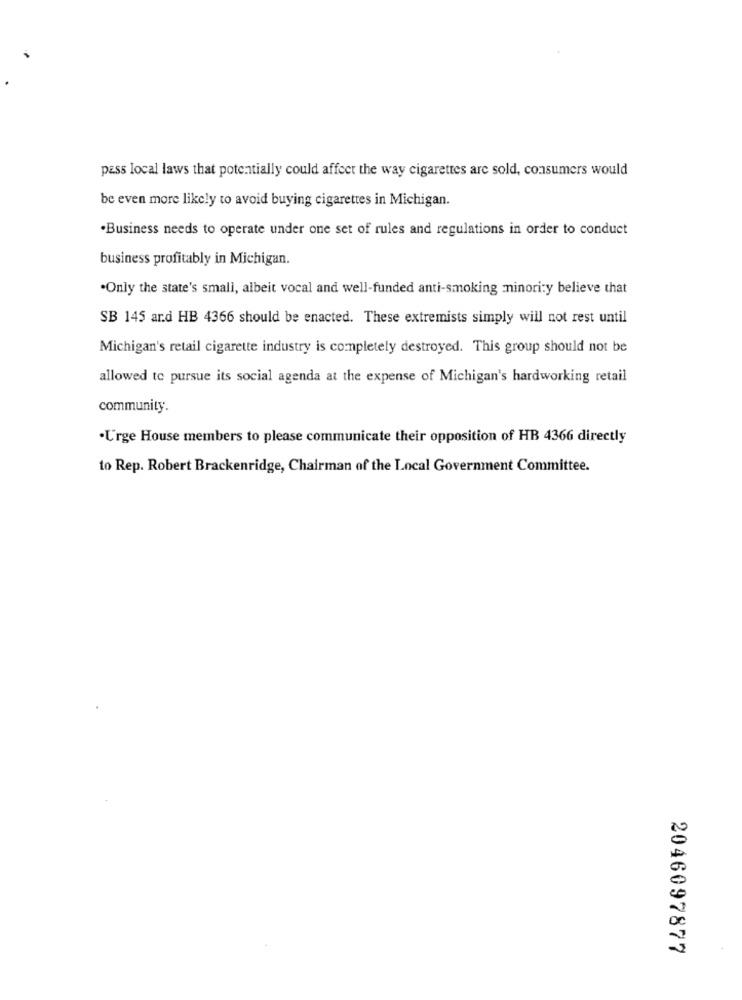
pass local laws that potentially could affect the way cigarettes are sold, consumers would
be even more likely to avoid buying cigarettes in Michigan.
·Business needs to operate under one set of rules and regulations in order to conduct
business profitably in Michigan.
.Only the state's small, albeit vocal and well-funded anti-smoking minori:y believe that
SB 145 ard HB 4366 should be enacted. These extremists simply will not rest until
Michigan's retail cigarette industry is completely destroyed. This group should not be
allowed to pursue its social agenda at the expense of Michigan's hardworking retail
community.
·Urge House members to please communicate their opposition of HB 4366 directly
to Rep. Robert Brackenridge, Chairman of the Local Government Committee.
2046097877